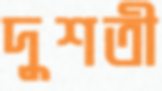
দুশতী